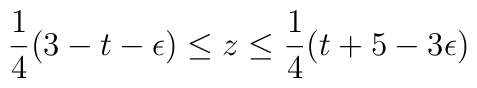
\frac{1}{4}(3-t-\epsilon ) \leq z \leq \frac{1}{4} (t+ 5-3\epsilon )